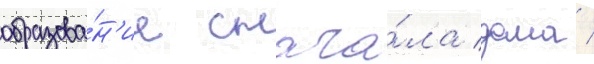
образова́н'ие снача́ла дома /